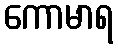
ကောမာရ